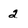
Character: 2